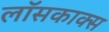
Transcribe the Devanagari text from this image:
लॉसकाक्स